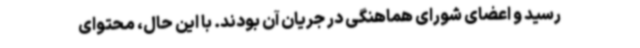
رسید و اعضای شورای هماهنگی در جریان آن بودند. با این ‌حال، محتوای